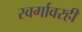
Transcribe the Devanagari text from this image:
स्वर्गावरही